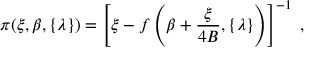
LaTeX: \pi ( \xi , \beta , \{ \lambda \} ) = \left[ \xi - f \left( \beta + \frac { \xi } { 4 B } , \{ \lambda \} \right) \right] ^ { - 1 } \; ,